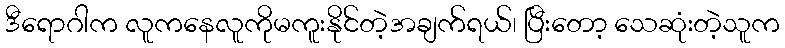
ဒီရောဂါက လူကနေလူကိုမကူးနိုင်တဲ့အချက်ရယ်၊ ပြီးတော့ သေဆုံးတဲ့သူက